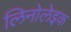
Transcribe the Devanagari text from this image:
लिनोलेइक